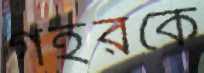
গহরকে